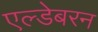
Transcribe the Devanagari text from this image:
एल्डेबरन